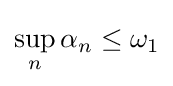
\sup _{n}\alpha _{n}\leq \omega _{1}